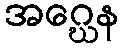
အဂ္ဃေန